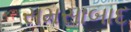
સમસાબાદ